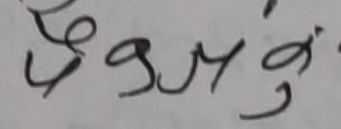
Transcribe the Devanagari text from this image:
६९३४७९३